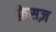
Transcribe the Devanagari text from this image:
फ़ेसज़